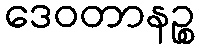
ဒေဝတာနဉ္စ